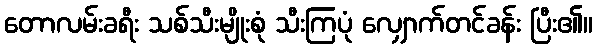
တောလမ်းခရီး သစ်သီးမျိုးစုံ သီးကြပုံ လျှောက်တင်ခန်း ပြီး၏။